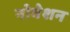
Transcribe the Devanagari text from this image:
नोवेशन